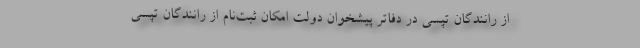
از رانندگان تپسی در دفاتر پیشخوان دولت امکان ثبت‌نام از رانندگان تپسی